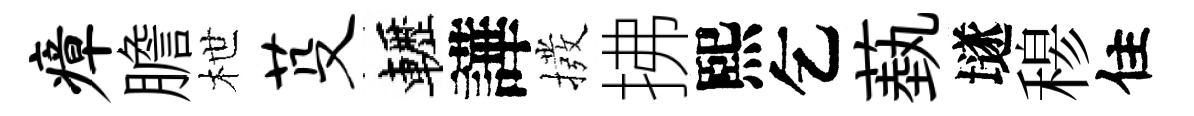
瘴膽枻芟轣譁撥拂熙乞蓺𡑞𥠇住